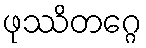
ဖုဿိတဂ္ဂေ